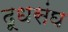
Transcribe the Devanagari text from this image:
दूधसंघ